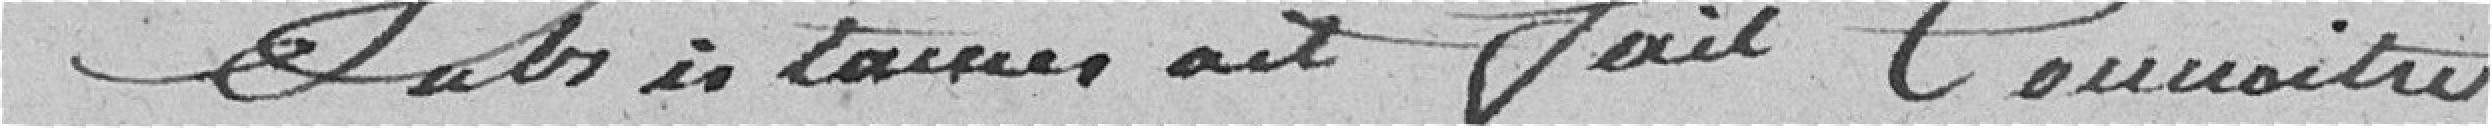
subsistances ait fait connaître